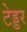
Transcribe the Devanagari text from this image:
टेड्डर